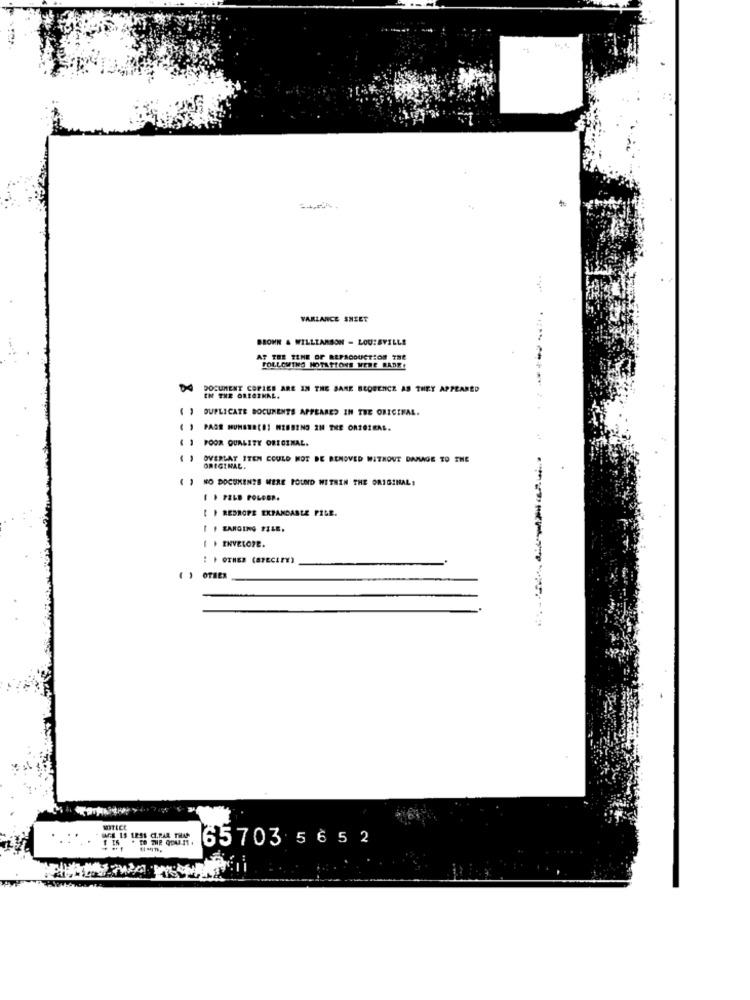
VARLANCE SHEET
BROWN & WILLIAMSON - LOUISVILLE
AT THE TIME OF REPRODUCTION THE
FOLLOWING MOTASTONS WERE BADE!
DOCUMENT COPIES ARE IN THE SAME SCORENCZ AS THEY APPEARED
IN THE ORIGINAL.
DUPLICATE DOCUMENTS APPEARED IN THE ORIGINAL.
) PAGE NUMBERCO! MISSING IN THE ORIGINAL.
POOR QUALITY ORIGINAL.
OVERLAY ITEM COULD NOT BE REMOVED WITHOUT DAMAGE TO THE
ORIGINAL.
NO DOCUMENTS WERE FOUND WITHIN THE ORIGINAL:
1 ) PELD POLOER.
REDROPE EXPANDABLE PILE.
I ) RANGING FILE.
I ) ENVELOPE.
: | OTHER (SPECIFY)
( ) OTHER
WTICE
13 1251 CI.PAR THAN
65703 5 652